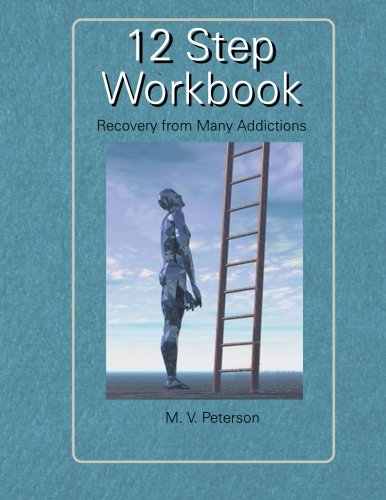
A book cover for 12 Step Workbook; M. V. Pat Peterson; Health, Fitness & Dieting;